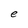
Character: e